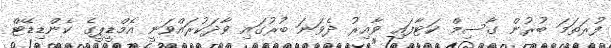
ފުރަތަމަ ބުރުން ގާސިމް ކަޓާފައި ވާއިރު ދެވަނަ ބުރުގައި ވާދަކުރައްވަނީ އެމްޑީޕީގެ ކެންޑިޑޭޓް